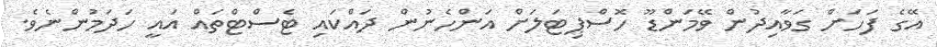
އޭގެ ފަހަށް ގަވާއިދުން ވޭމަންޑޫ ހޮސްޕިޓަލަށް އަންހެނުން ދައްކައި ޓެސްޓްތައް އައީ ހަދަމުންނެވެ.